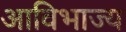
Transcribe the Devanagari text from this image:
आविभाज्य